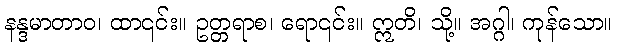
နန္ဒမာတာဝ၊ ထာ၎င်း။ ဥတ္တရာစ၊ ရော၎င်း။ ဣတိ၊ သို့။ အဂ္ဂါ၊ ကုန်သော။